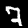
Label: 7